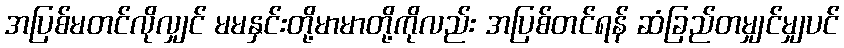
အပြစ်မတင်လိုလျှင် မမနှင်းတို့မာမာတို့ကိုလည်း အပြစ်တင်ရန် ဆံခြည်တမျှင်မျှပင်